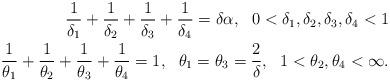
LaTeX: \begin{align*}\frac1{\delta_1}+\frac1{\delta_2}+\frac1{\delta_3}+\frac1{\delta_4}=\delta\alpha, \ \ 0<\delta_1,\delta_2,\delta_3,\delta_4<1\\\frac1{\theta_1}+\frac1{\theta_2}+\frac1{\theta_3}+\frac1{\theta_4}=1, \ \ \theta_1=\theta_3=\frac2{\delta}, \ \ 1<\theta_2, \theta_4<\infty.\end{align*}